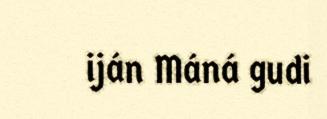
iján Máná gudi